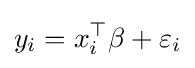
y_{i}=x_{i}^{\top }\beta +\varepsilon _{i}